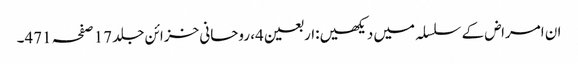
ان امراض کے سلسلہ میں دیکھیں:اربعین4، روحانی خزائن جلد 17 صفحہ 471۔